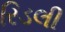
રિડલી